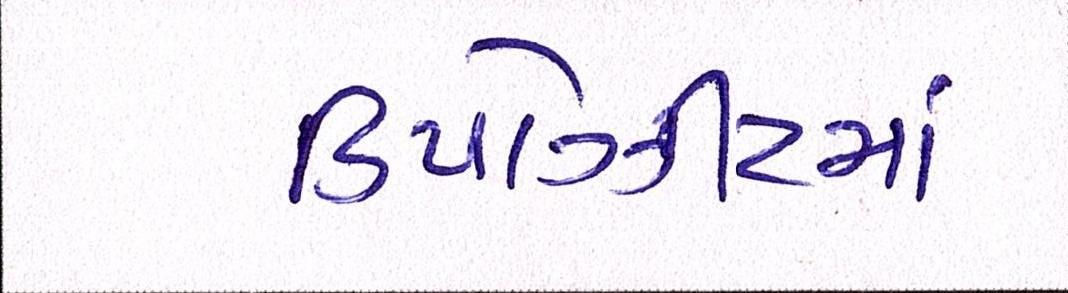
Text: ડિપોઝીટમાં